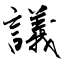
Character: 議